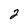
Character: 2